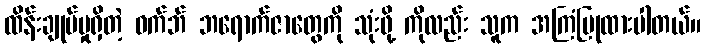
ထိန်းချုပ်မှုရှိတဲ့ ဝက်ဘ် ဘရောက်ဇာတွေကို သုံးဖို့ ကိုလည်း သူက အကြံပြုထားပါတယ်။